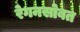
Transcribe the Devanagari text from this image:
रेगनसोबत